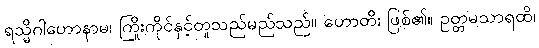
ရသ္မိဂါဟောနာမ၊ ကြိုးကိုင်နှင့်တူသည်မည်သည်။ ဟောတိ၊ ဖြစ်၏။ ဥတ္တမသာရထိ၊